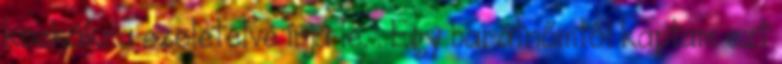
kockákra szeletelve írja le. . Egy barátnőmtől kaptam ezt